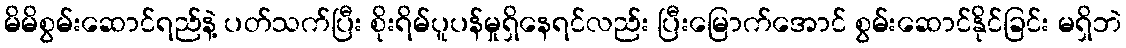
မိမိစွမ်းဆောင်ရည်နဲ့ ပတ်သက်ပြီး စိုးရိမ်ပူပန်မှုရှိနေရင်လည်း ပြီးမြောက်အောင် စွမ်းဆောင်နိုင်ခြင်း မရှိဘဲ